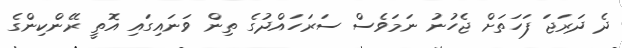
ދެ ދަރަޖަ ފަހަތަށް ޖެހުނު ނަމަވެސް ސަރަހައްދުގެ ތިން ވަނައިގައި އޮތީ ރޭންކިންގެ